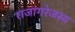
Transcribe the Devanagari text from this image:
राजांगरेजस्य